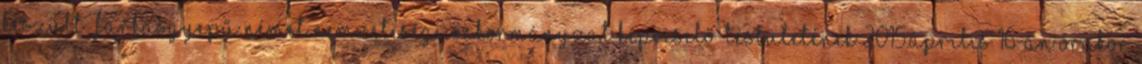
Készült: Farkasgyepű Német Nemzetiségi Önkormányzat Képviselő-testületének 2015.április 16-án órakor